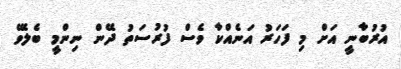
އުރުބާނީ އަށް މި ފަހަރު އަނެއްކާ ވެސް ފުރުސަތު ދޭން ނިންމީ ބެލެވޭ